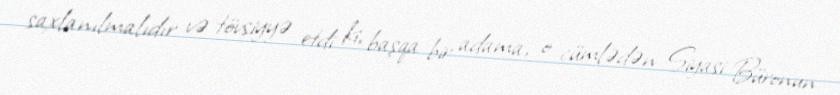
saxlanılmalıdır və tövsiyyə etdi ki, başqa bir adama, o cümlədən Siyasi Büronun